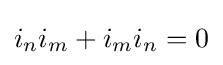
i_{n}i_{m}+i_{m}i_{n}=0